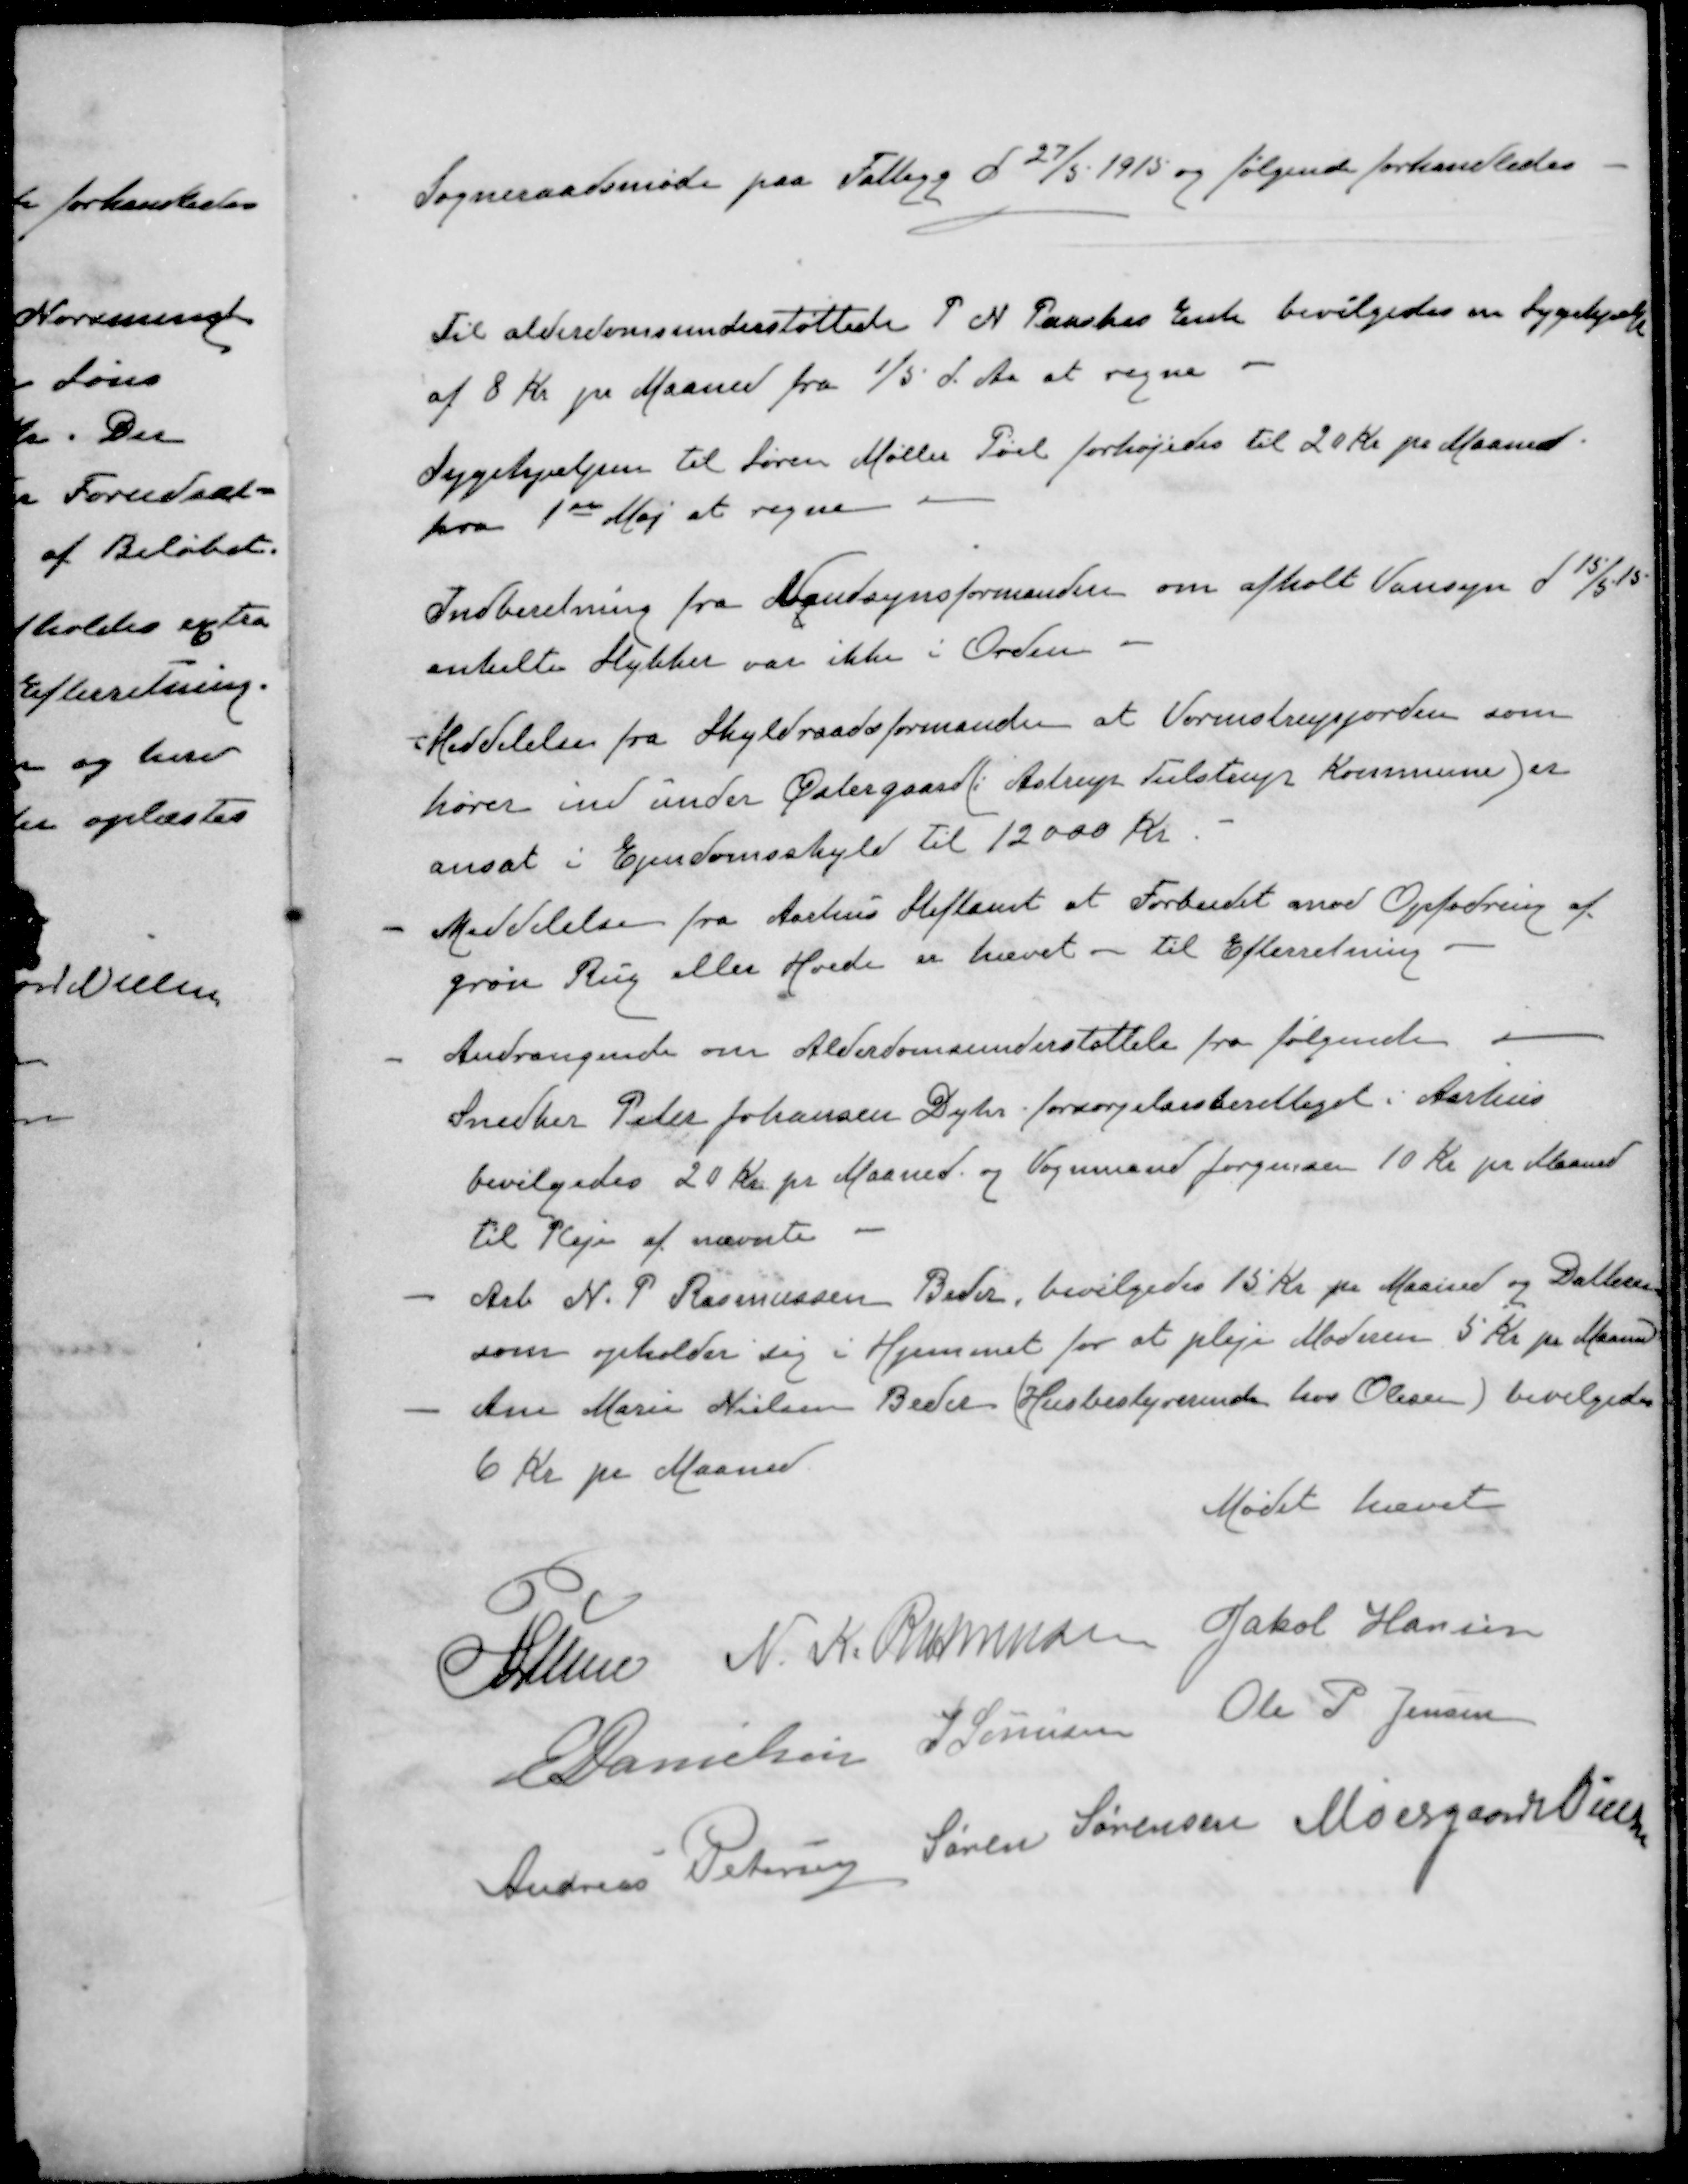
Transskription:
Sogneraadsmøde paa Fattigg d 27/5 1915 og følgende forhandledes
Til alderdomsunderstøttede P. N. Paaskes Enke bevilgedes en Sygehjælp
af 8 Kr pr Maaned fra 1/5 d. Aa at regne
Sygehjælpen til Søren Møller Pøel forhøjedes til 20 kr pr Maaned.
fra 1ste Maj at regne
Indberetning fra Vandsynsformanden om afholt Vansyn d 15/5 15
enkelte Stykker var ikke i Orden
- Meddelelse fra Skyldraadsformanden at Vormstrupjorden som
hører ind under Østergaard (i Astrup Tulstrup Kommune) er
ansat i Ejendomsskyld til 12000 Kr.
-
Meddelelse fra Aarhus Stiftamt at Forbudet mod Opfodring af
grøn Rug eller Hvede er hævet - til Efterretning.
- 
Andrangende om Alderdomsunderstøttelse fra følgende i
Snedker Peter Johansen Dyhr forsørgelsesberettiget i Aarhus
bevilgedes 20 Kr pr Maaned og Vognmand Jørgensen 10 Kr pr Maaned
til Pleje af nævnte
- 
Arb N. P. Rasmussen Beder, bevilgedes 15 Kr pr Maaned og Datteren
som opholder sig i Hjemmet for at pleje Moderen 5 Kr pr Maaned
-
Ane Marie Nielsen Beder (Husbestyrerinde hos Olesen) bevilgedes
6 Kr pr Maaned
Mødet hævet
P Lunn
N. K. Rasmussen
Jakob Hansen
E Danielsen
S. Sørensen
Ole P Jensen
Andreas Petersen
Søren Sørensen
Moesgaard Nielsen